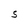
Character: S